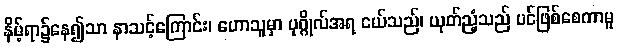
နိမ့်ရာ၌နေ၍သာ နာသင့်ကြောင်း၊ ဟောသူမှာ ပုဂ္ဂိုလ်အရ ငယ်သည်၊ ယုတ်ညံ့သည် ပင်ဖြစ်စေကာမူ